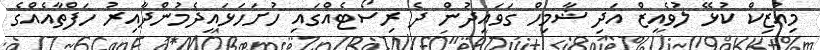
މިއުޒިކް ކުޅޭ ލުވެއިޒް އަދި ޝާމިހް ގަވައިދުން ދެ ރިސޯޓެއްގައި ހުށަހަޅައިދެމުންދާއިރު ހަފްތާއެއްގެ